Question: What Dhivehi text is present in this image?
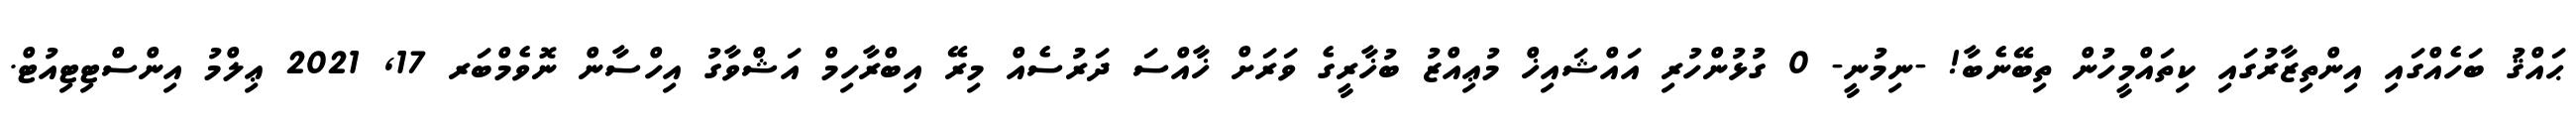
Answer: ޙައްޤު ބަހެއްގައި އިންތިޒާރުގައި ކިތައްމީހުން ތިބޭނެބާ! -ނިމުނީ- 0 ގުޅުންހުރި އައްޝައިޚް މުޢިއްޒު ބުޚާރީގެ ވަރަށް ޚާއްސަ ދަރުސެއް މިރޭ އިބްރާހިމް އަޝްވާގު އިހްސާން ނޮވެމްބަރ 17, 2021 ޢިލްމު އިންސްޓިޓިއުޓް.